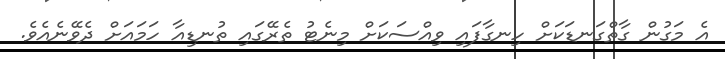
އެ މަގުން ގާތްގަނޑަކަށް ހިނގާފައި ވިއްސަކަށް މިނެޓު ތެރޭގައި ތުނޑިއާ ހަމައަށް ދެވޭނެއެވެ.